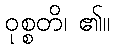
ဝုစ္စတိ၊ ၏။